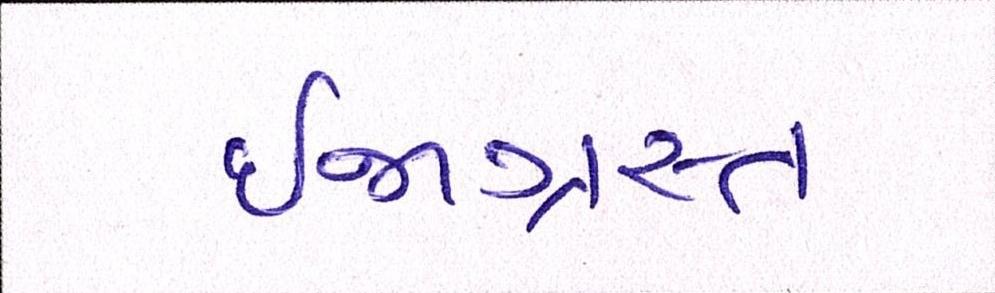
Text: ઈજાગ્રસ્ત